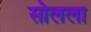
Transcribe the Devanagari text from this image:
सोलला